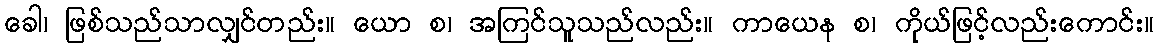
ခေါ၊ ဖြစ်သည်သာလျှင်တည်း။ ယော စ၊ အကြင်သူသည်လည်း။ ကာယေန စ၊ ကိုယ်ဖြင့်လည်းကောင်း။